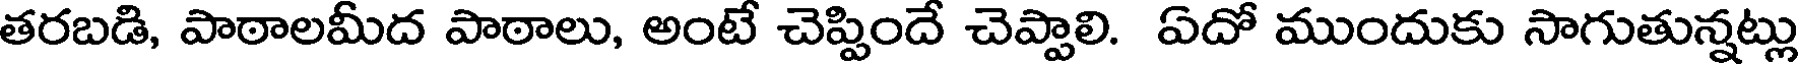
తరబడి, పాఠాలమీద పాఠాలు, అంటే చెప్పిందే చెప్పాలి. ఏదో ముందుకు సాగుతున్నట్లు